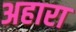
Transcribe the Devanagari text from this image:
अहारा